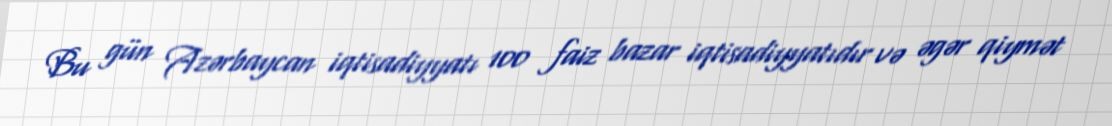
Bu gün Azərbaycan iqtisadiyyatı 100 faiz bazar iqtisadiyyatıdır və əgər qiymət